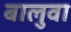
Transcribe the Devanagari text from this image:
बालुवा